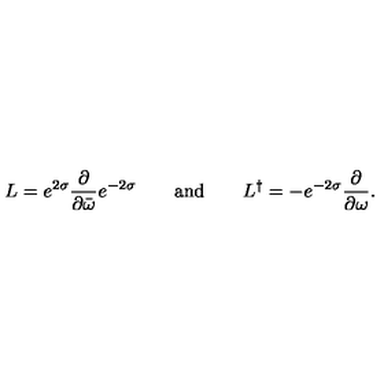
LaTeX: L = e ^ { 2 \sigma } \frac { \partial } { \partial \bar { \omega } } e ^ { - 2 \sigma } \qquad \mathrm { a n d } \qquad L ^ { \dag } = - e ^ { - 2 \sigma } \frac { \partial } { \partial \omega } .